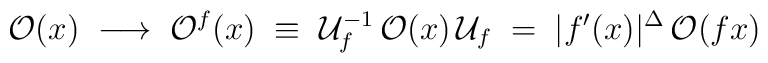
{\cal O}(x)\;\longrightarrow\;{\cal O}^{f}(x)\;\equiv\;{\cal U}^{-1}_{f}\,{\cal O}(x)\,{\cal U}_{f}\;=\;|f'(x)|^{\Delta}\,{\cal O}(fx)